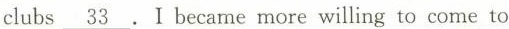
clubs\underline{ 33}. I became more willing to come to